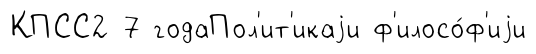
КПСС2 7 годаПол'ит'икаjи ф'илосо́ф'иjи